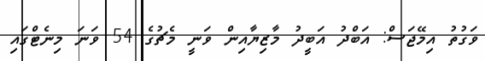
ވަގުތު އިމޭޖަސް: އަބްދު އަބީދު މާޒިޔާއިން ވަނީ މެޗުގެ 54 ވަނަ މިނެޓްގައި